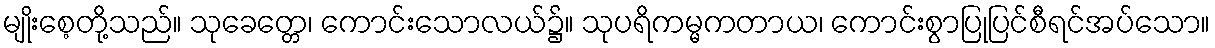
မျိုးစေ့တို့သည်။ သုခေတ္တေ၊ ကောင်းသောလယ်၌။ သုပရိကမ္မကတာယ၊ ကောင်းစွာပြုပြင်စီရင်အပ်သော။